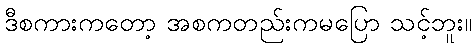
ဒီစကားကတော့ အစကတည်းကမပြော သင့်ဘူး။